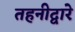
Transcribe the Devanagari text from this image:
तहनीद्वारे